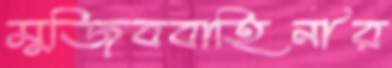
মুজিববাহিনীর